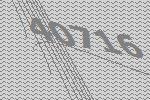
40716